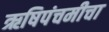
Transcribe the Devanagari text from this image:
ऋषिपंचमीचा